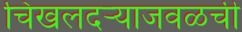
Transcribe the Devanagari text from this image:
चिखलदऱ्याजवळची